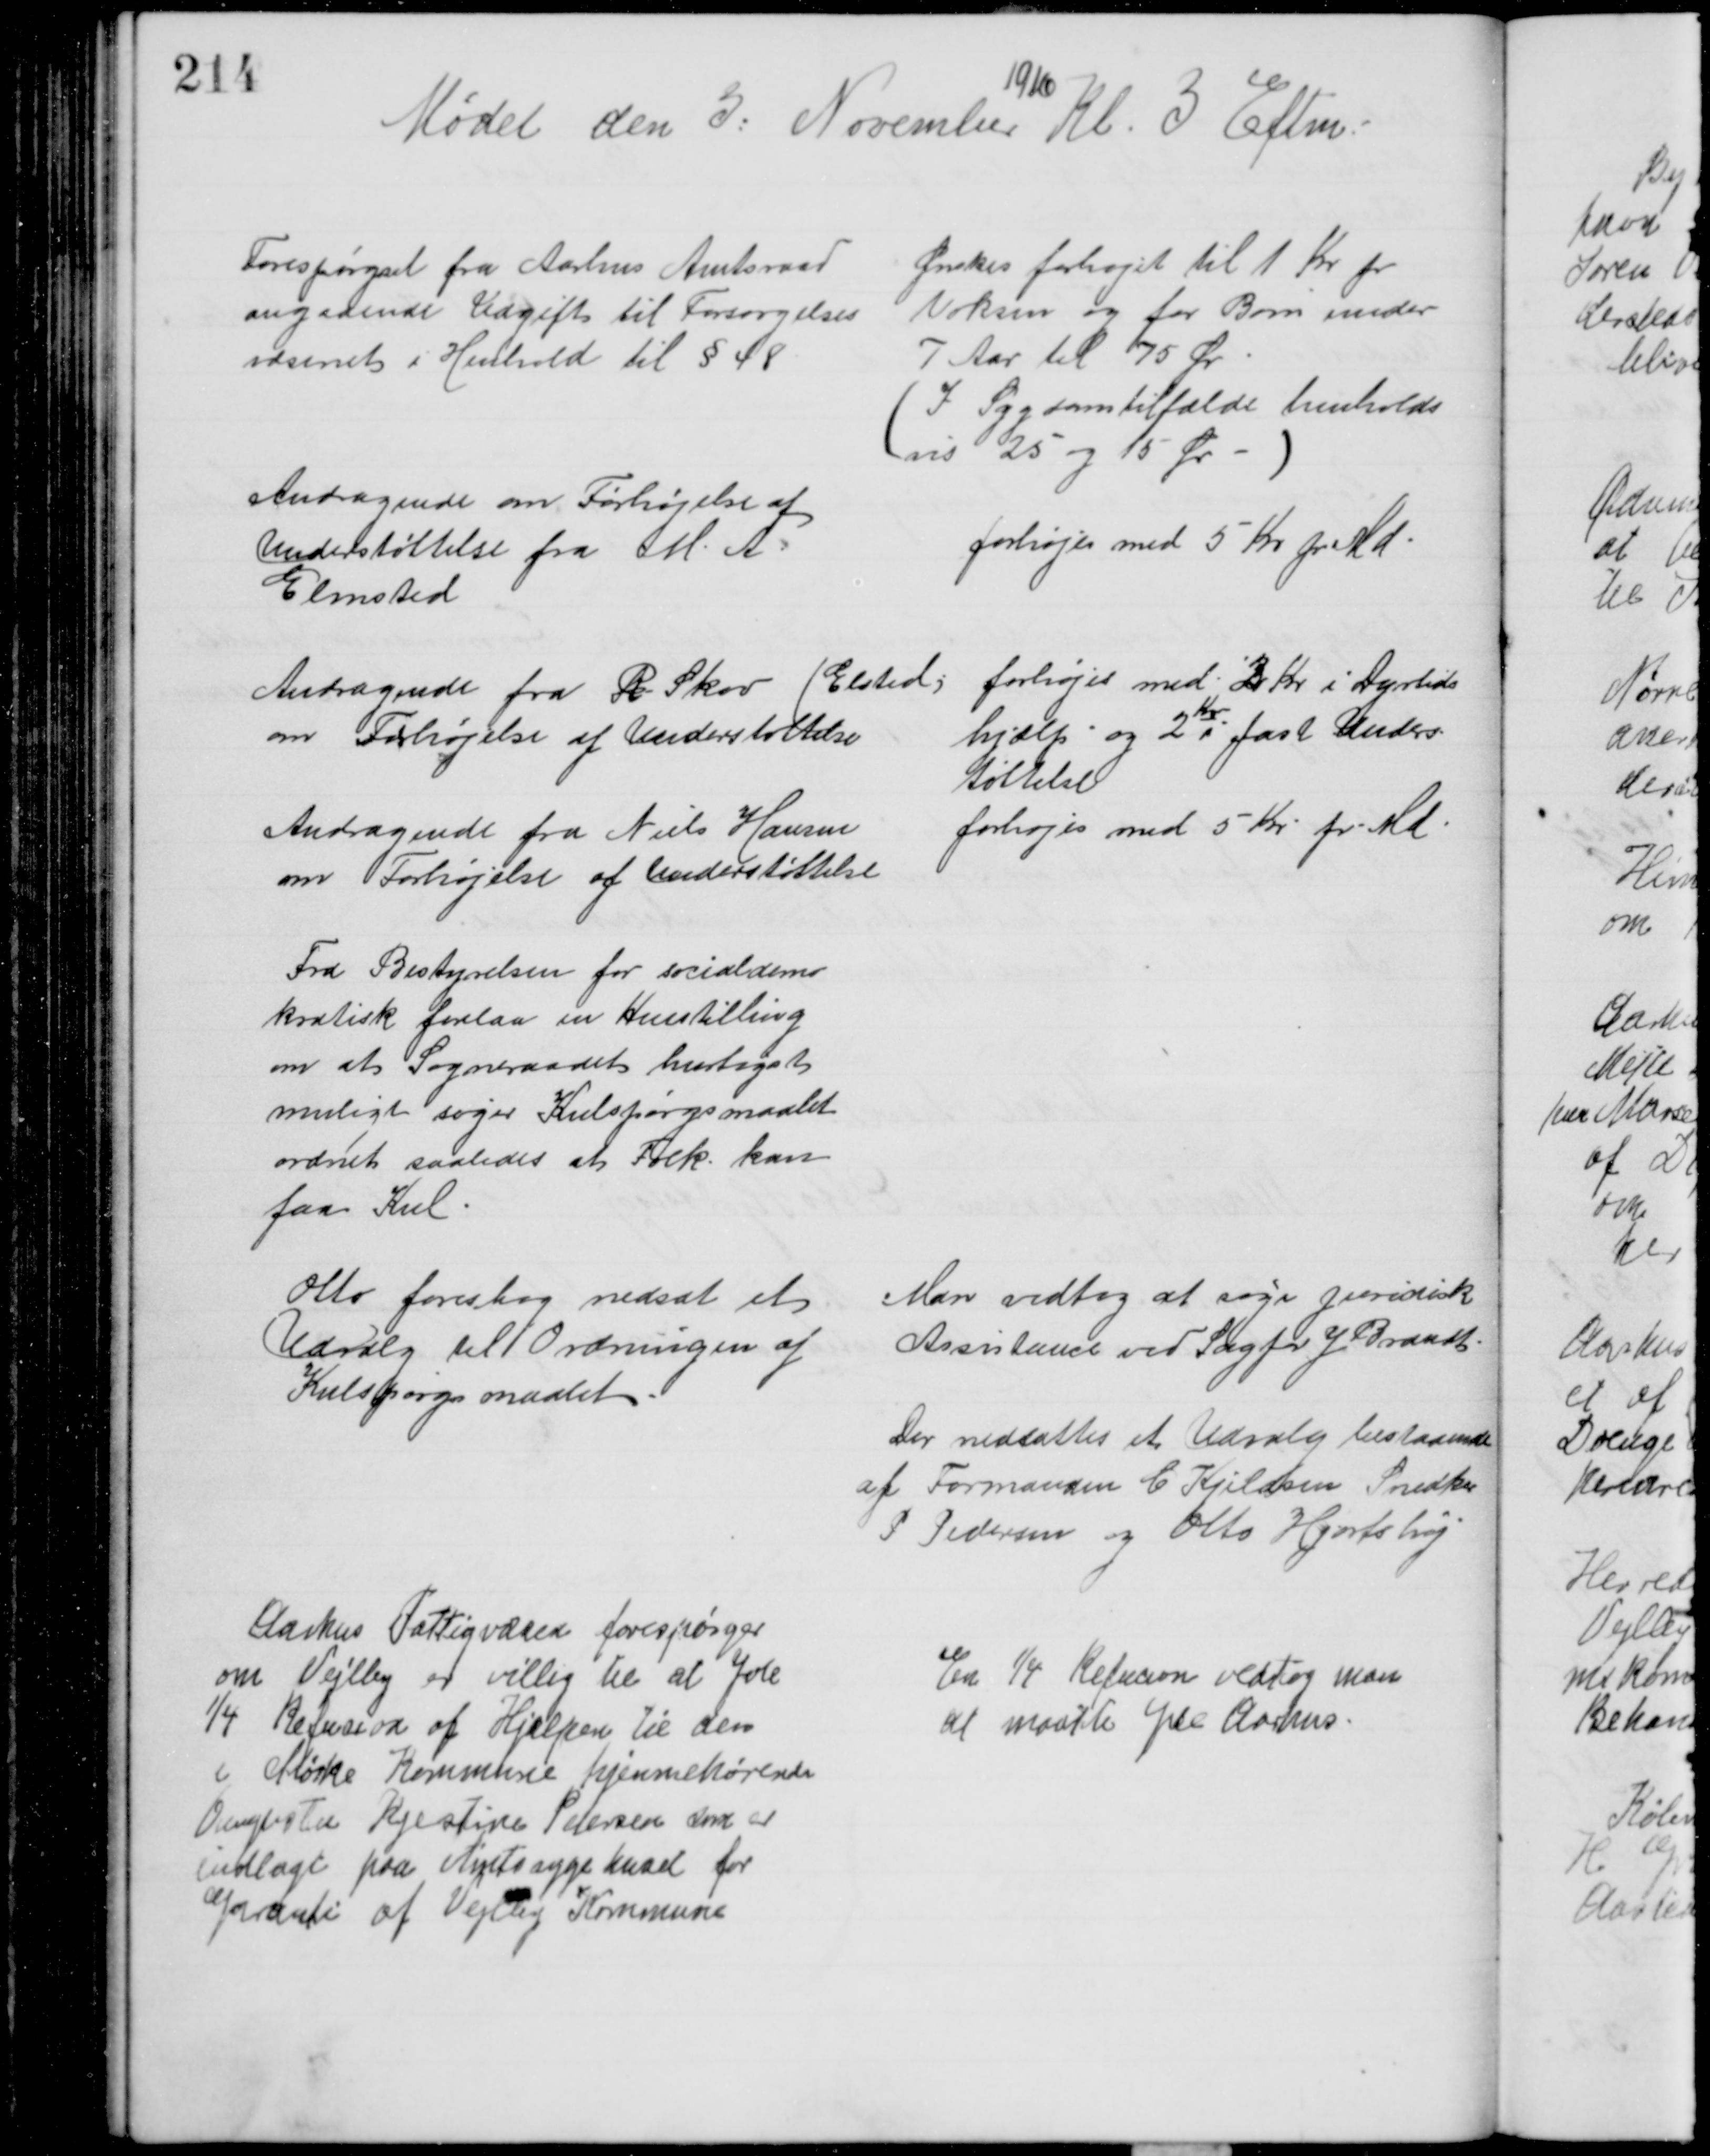
Transskription:
Mødet den 3. November
1916
Kl. 3 Eftm.
Forespørgsel fra Aarhus Amtsraad
angaaende Udgift til Forsørgelses
væsenet i Henhold til § 48
Ønskes forhøjet til 1 Kr pr
Voksen og for Børn under
7 Aar til 75 Ør
I Sygdomtilfælde henholds
vis 25 og 15 Øre
Andragende om Forhøjelse af 
Understøttelse fra M. 
Elmsted
forhøjes med 5 Kr pr Md
Andragende fra R. Skov (Elsted;
om Forhøjelse af Understøttelse
forhøjes med 2 Kr. i Dyrtids
hjælp og 2
Kr
i fast Unders
tøttelse
Andragende fra Niels Hansen
om Forhøjelse af Understøttelse
forhøjes med 5 Kr. pr. Md.
Fra Bestyrelsen for socialdemo
kratisk forelaa en Henstilling
om at Sogneraadet hurtigst
muligt søger Kulspørgsmaalet
ordnet saaledes at Folk kan
faa Kul
Otto foreslog nedsat et
Udvalg til Ordningen af
Kulspørgsmaalet
Man vedtog at søge juridisk
Assistance ved Sagfør J Brandt.
Der nedsattes et Udvalg bestaaende
af Formanden C Kjeldsen Snedker
P Pedersen og Otto Hjortshøj
Aarhus Fattigvæsen forespørger
om Vejlby er villig til at yde
¼ Refusion af Hjælpen til den
i Mørke Kommune hjemmehørende
Augusta Kjestine Petersen som er
indlagt paa Amtssygehuset for
Garanti af Vejlby Kommune
En ¼ Refusion vedtog man
at maatte yde Aarhus.